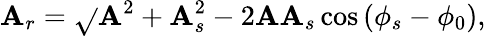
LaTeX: \mathbf{A}_{r}=\sqrt{}{{\mathbf{A}^{2}+\mathbf{A}_{s}^{2}-2\mathbf{A}\mathbf{A}_{s}\cos\left(\phi_{s}-\phi_{0}\right)}},